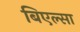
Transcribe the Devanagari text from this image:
बिएल्सा